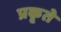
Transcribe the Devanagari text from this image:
प्रकृते